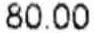
80.00